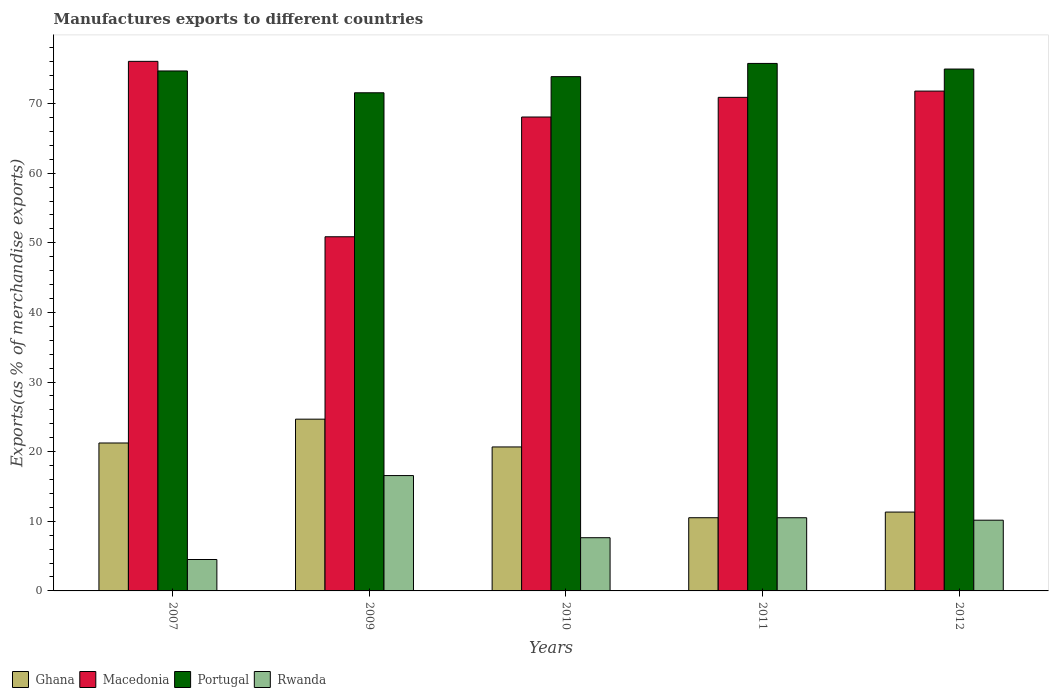
| Years | Ghana | Macedonia | Portugal | Rwanda |
 | --- | --- | --- | --- | --- |
 | 2007 | 21.2 | 76.1 | 74.7 | 4.51 |
 | 2009 | 24.7 | 50.9 | 71.6 | 16.6 |
 | 2010 | 20.7 | 68.1 | 73.9 | 7.64 |
 | 2011 | 10.5 | 70.9 | 75.8 | 10.5 |
 | 2012 | 11.3 | 71.8 | 75 | 10.2 |